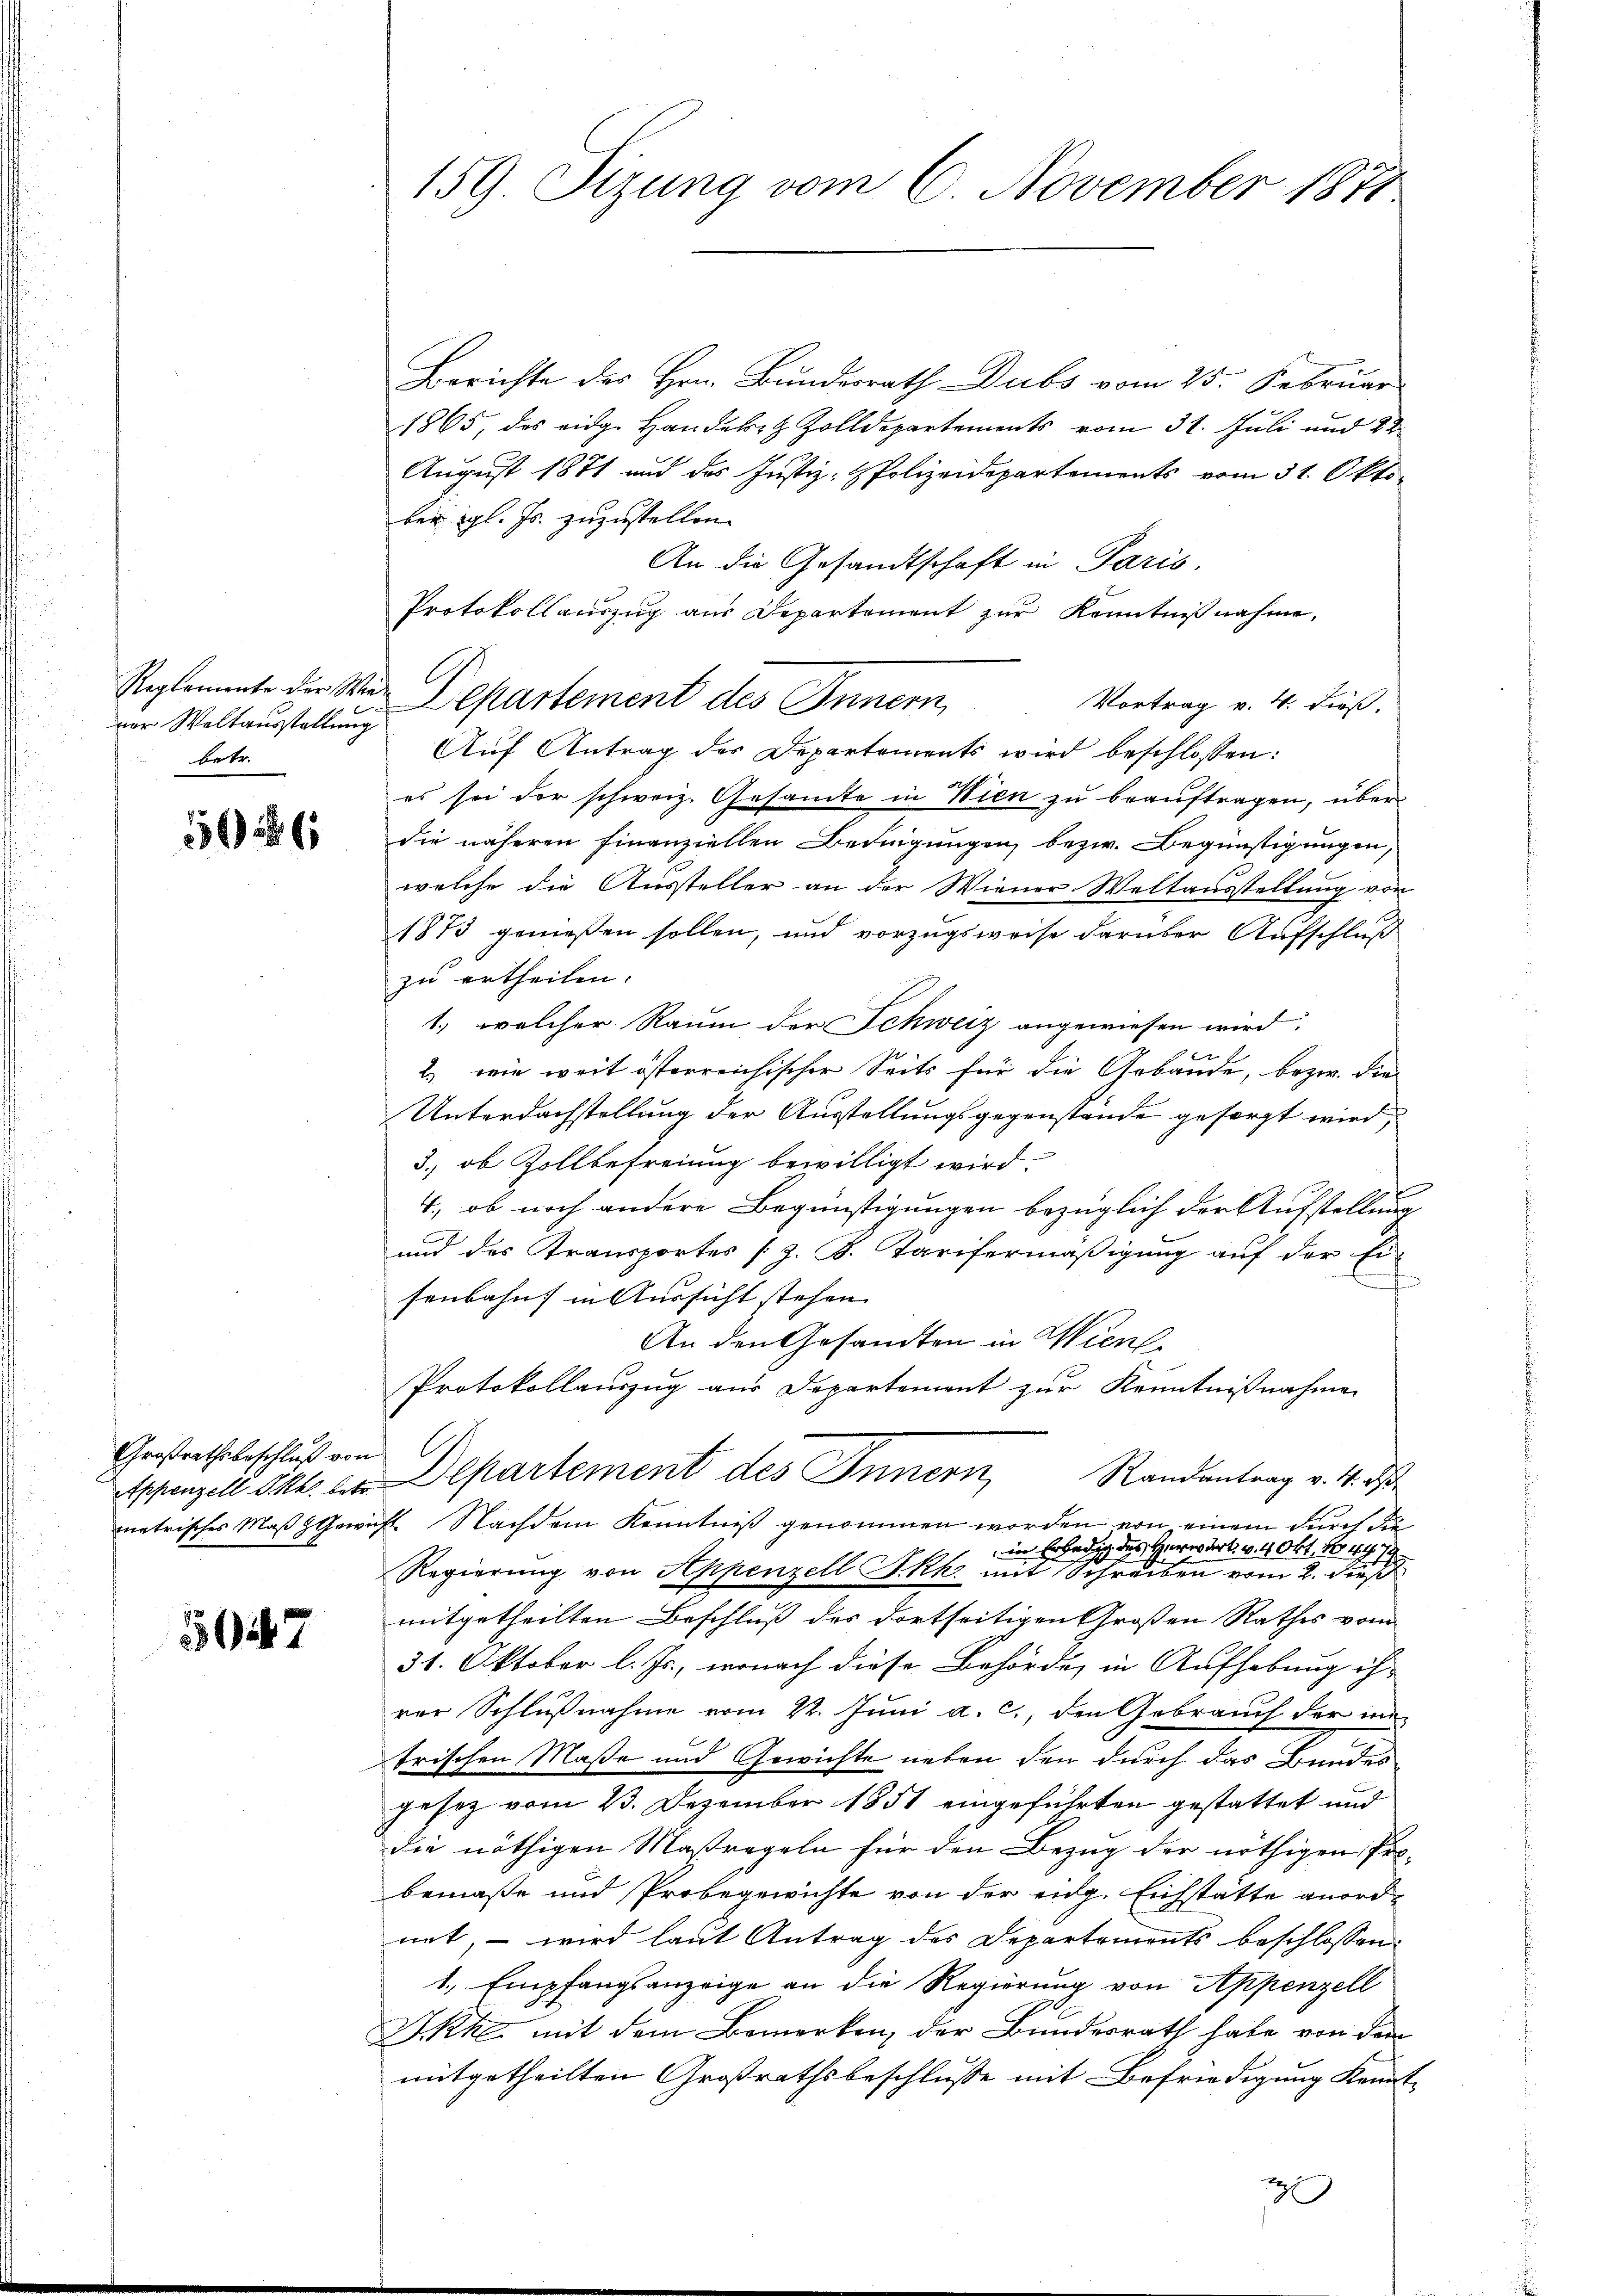
ner Weltausstellung
betr.

566

Großrathsbeschluß von

1147

159. Sizung vom 6. November 1871

Berichte des Hrn. Bundesrath Dubs vom 25. Februar
1865, des eidg. Handert Zolldepartements vom 31. Juli und 22
August 1871 und das Justiz- & Polizeidepartements vom 31. Oktober gl. Js. zuzustellen.
An die Gesandtschaft in Paris.
Protokollauszug aus Departement zur Kenntnißnahme,
Reglemente der Wie Departement des Innern,
Vortrag v. 4. dieß.
Auf Antrag des Departements wird beschlossen:
es sei der schweiz. Gesamte in Wien zu beauftragen, über
die näheren finanziellen Bedingungen, bezw. Begünstigungen,
welche die Aussteller an der Wiener Weltausstellung von
1873 genießen sollen, und vorzugsweise darüber Aufschluß
zu ertheilen.
1., welcher Raum der Schweiz angewiesen wird.
7
2. wie weit österreichischer Seits für die Gebäude, bezw. die
Unterdachstellung der Ausstellungsgegenstände gesorgt wird,
3., ob Zollbefreiung bewilligt wird.
4., ob noch andere Begünstigungen bezüglich der Aufstellung
und des Transportes (z. B. Tarifermäßigung auf der Ei-
senbahn in Aussicht stehen. |
An den Gesandten in Wien
Protokollauszug aus Departement zur Kenntnißnahme
Randantrag v. 4. ds.
Appenzell Okt. 2 Departement des Innern
metrisches Maß Gewicht Nachdem Kenntniß genommen worden von einem durch die
in Erledig des Herr Art. v. 4. Okt, No 44. 74
Regierung von Appenzell I.Rh. mit Schreiben vom 2. dieß
mitgetheilten Beschluß des dortseitigen Großen Rathes vom
31. Oktober l. Js., wonach diese Behörde, in Aufhebung ihr
rer Schlußnahme vom 22. Juni a. c., den Gebrauch der im
trischen Maße und Gewichte neben den durch das Bundes-
gesetz vom 23. Dezember 1851 eingeführten gestattet und
die nöthigen Maßregeln für den Bezug der nöthigen Probemaße und Probegewichte von der eidg. Eichstätte anordnet, – wird laut Antrag des Departements beschlossen:
1., Empfangsanzeige an die Regierung von Appenzell
Skke mit dem Bemerken, der Bundesrath habe von dem
mitgetheilten Großrathsbeschlusse mit Befriedigung Kennt-
2